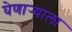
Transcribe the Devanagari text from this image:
घेणार्‍याला